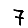
Digit: 7